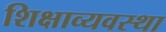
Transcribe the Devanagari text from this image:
शिक्षाव्यवस्था